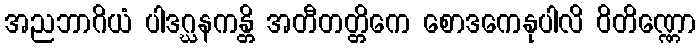
အညဘာဂိယံ ပါဒဂ္ဃနကန္တိ အတီတတ္တိကေ စောဒကေနုပါလိ ဝိတိဏ္ဏော